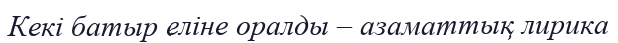
Кекі батыр еліне оралды – азаматтық лирика